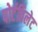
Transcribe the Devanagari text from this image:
पोर्टविलेट